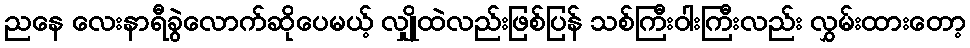
ညနေ လေးနာရီခွဲလောက်ဆိုပေမယ့် လျှိုထဲလည်းဖြစ်ပြန် သစ်ကြီးဝါးကြီးလည်း လွှမ်းထားတော့